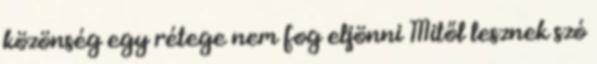
közönség egy rétege nem fog eljönni Mitől lesznek szó